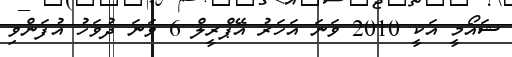
ޝައޯމީ އަކީ 2010 ވަނަ އަހަރު އޭޕްރީލް 6 ވަނަ ދުވަހު އުފަންވި